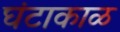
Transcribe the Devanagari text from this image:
घंटाकाळ